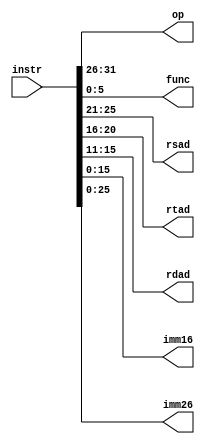
module deal_instr (
    input [31:0] instr,
    output [5:0] op,
    output [5:0] func,
    output [4:0] rsad,
    output [4:0] rtad,
    output [4:0] rdad,
    output [15:0] imm16 ,
    output [25:0] imm26
);
    assign op = instr[31:26] ;
    assign rsad = instr[25:21] ;
    assign rtad = instr[20:16] ;
    assign rdad = instr[15:11] ;
    assign func = instr[5:0] ;
    assign imm16 =  instr[15:0] ;
    assign imm26 = instr[25:0] ;
endmodule